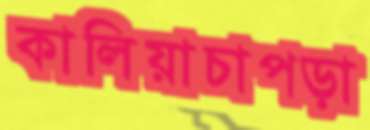
কালিয়াচাপড়া